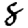
Digit: 8